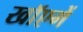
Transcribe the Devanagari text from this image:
खाॅएगें